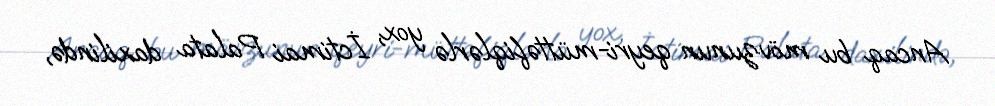
Ancaq bu mövzunun qeyri-müttəfiqlərlə yox, İctimai Palata daxilində,